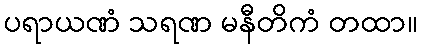
ပရာယဏံ သရဏ မနီတိကံ တထာ။